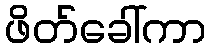
ဖိတ်ခေါ်ကာ